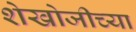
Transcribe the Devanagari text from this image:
शेखोजीच्या